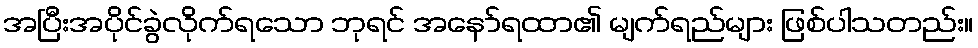
အပြီးအပိုင်ခွဲလိုက်ရသော ဘုရင် အနော်ရထာ၏ မျက်ရည်များ ဖြစ်ပါသတည်း။